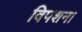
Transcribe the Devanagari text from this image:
विपशना